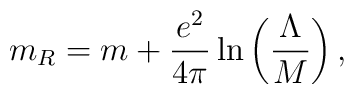
m_R=m+\frac{e^2}{4\pi}\ln\left (\frac{\Lambda}{M}\right ),